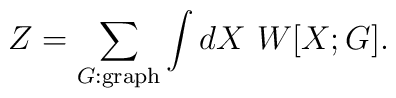
Z= \sum_{G:{\rm graph}} \int dX \ W[X;G].